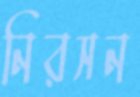
নিরসন